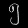
Digit: ၅